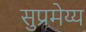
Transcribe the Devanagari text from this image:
सुप्रमेय्य